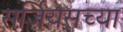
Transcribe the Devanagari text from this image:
सर्जियसच्या